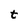
Character: t